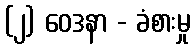
(၂) ဝေဒနာ - ခံစားမှု